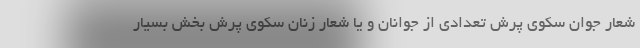
شعار جوان سکوی پرش تعدادی از جوانان و یا شعار زنان سکوی پرش بخش بسیار